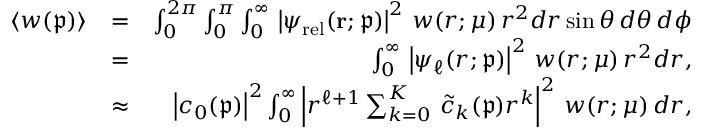
\begin{array} { r l r } { \langle \mathpalette { w } ( \mathfrak { p } ) \rangle } & { = } & { \int _ { 0 } ^ { 2 \pi } \int _ { 0 } ^ { \pi } \int _ { 0 } ^ { \infty } \, \left| \psi _ { \mathrm { r e l } } ( \mathbf { r } ; \mathfrak { p } ) \right| ^ { 2 } \, \mathpalette { w } ( r ; \mu ) \, r ^ { 2 } d r \sin \theta \, d \theta \, d \phi } \\ & { = } & { \int _ { 0 } ^ { \infty } \, \left| \psi _ { \ell } ( r ; \mathfrak { p } ) \right| ^ { 2 } \, \mathpalette { w } ( r ; \mu ) \, r ^ { 2 } d r , } \\ & { \approx } & { \left| c _ { 0 } ( \mathfrak { p } ) \right| ^ { 2 } \int _ { 0 } ^ { \infty } \left| r ^ { \ell + 1 } \sum _ { k = 0 } ^ { K } \, \widetilde { c } _ { k } ( \mathfrak { p } ) r ^ { k } \right| ^ { 2 } \, \mathpalette { w } ( r ; \mu ) \, d r , } \end{array}